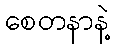
စေတနာနဲ့